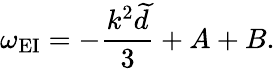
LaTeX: \omega_{\mathrm{EI}}=-\frac{k^{2}\widetilde{d}}{3}+A+B.